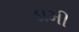
ડામી